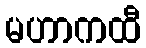
မဟာကထီ